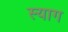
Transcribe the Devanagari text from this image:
स्याग